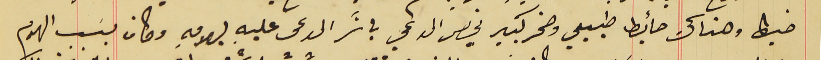
خياط وهناك حائط طبيعي وصخر كبير يخص المدعي باشر المدعى عليه بهدمهِ وكان بسَبب الهدم